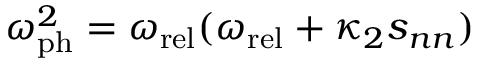
\omega _ { \mathrm { p h } } ^ { 2 } = \omega _ { \mathrm { r e l } } ( \omega _ { \mathrm { r e l } } + \kappa _ { 2 } s _ { n n } )